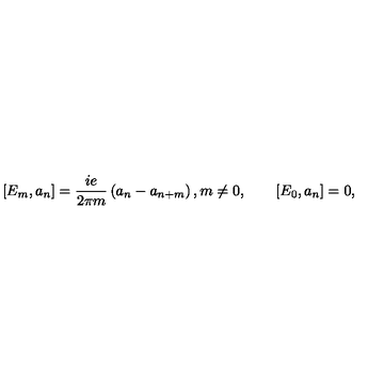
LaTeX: [ E _ { m } , a _ { n } ] = \frac { i e } { 2 \pi m } \left( a _ { n } - a _ { n + m } \right) , m \neq 0 , \qquad [ E _ { 0 } , a _ { n } ] = 0 ,